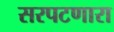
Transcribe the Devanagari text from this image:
सरपटणारा